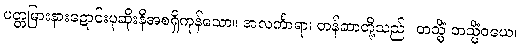
ပတ္တမြားနားဍောင်းပုဆိုးနီအစရှိကုန်သော။ အလင်္ကာရာ၊ တန်ဆာတို့သည်။ တသ္မိံ တသ္မိံဝယေ၊